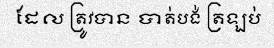
ដែល ត្រូវបាន បាត់បង់ ត្រឡប់